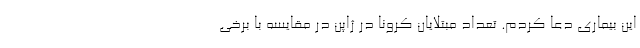
این بیماری دعا کردم. تعداد مبتلایان کرونا در ژاپن در مقایسه با برخی